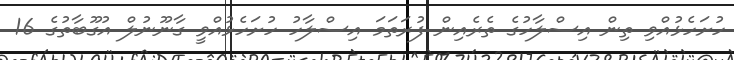
ހުށަހެޅުއްވި ތިން އިސްލާހުގެ ތެރެއިން ފުރަތަމަ އިސްލާހު ހުށަހެޅުއްވީ ގާނޫނުލް އުގޫބާތުގެ 16